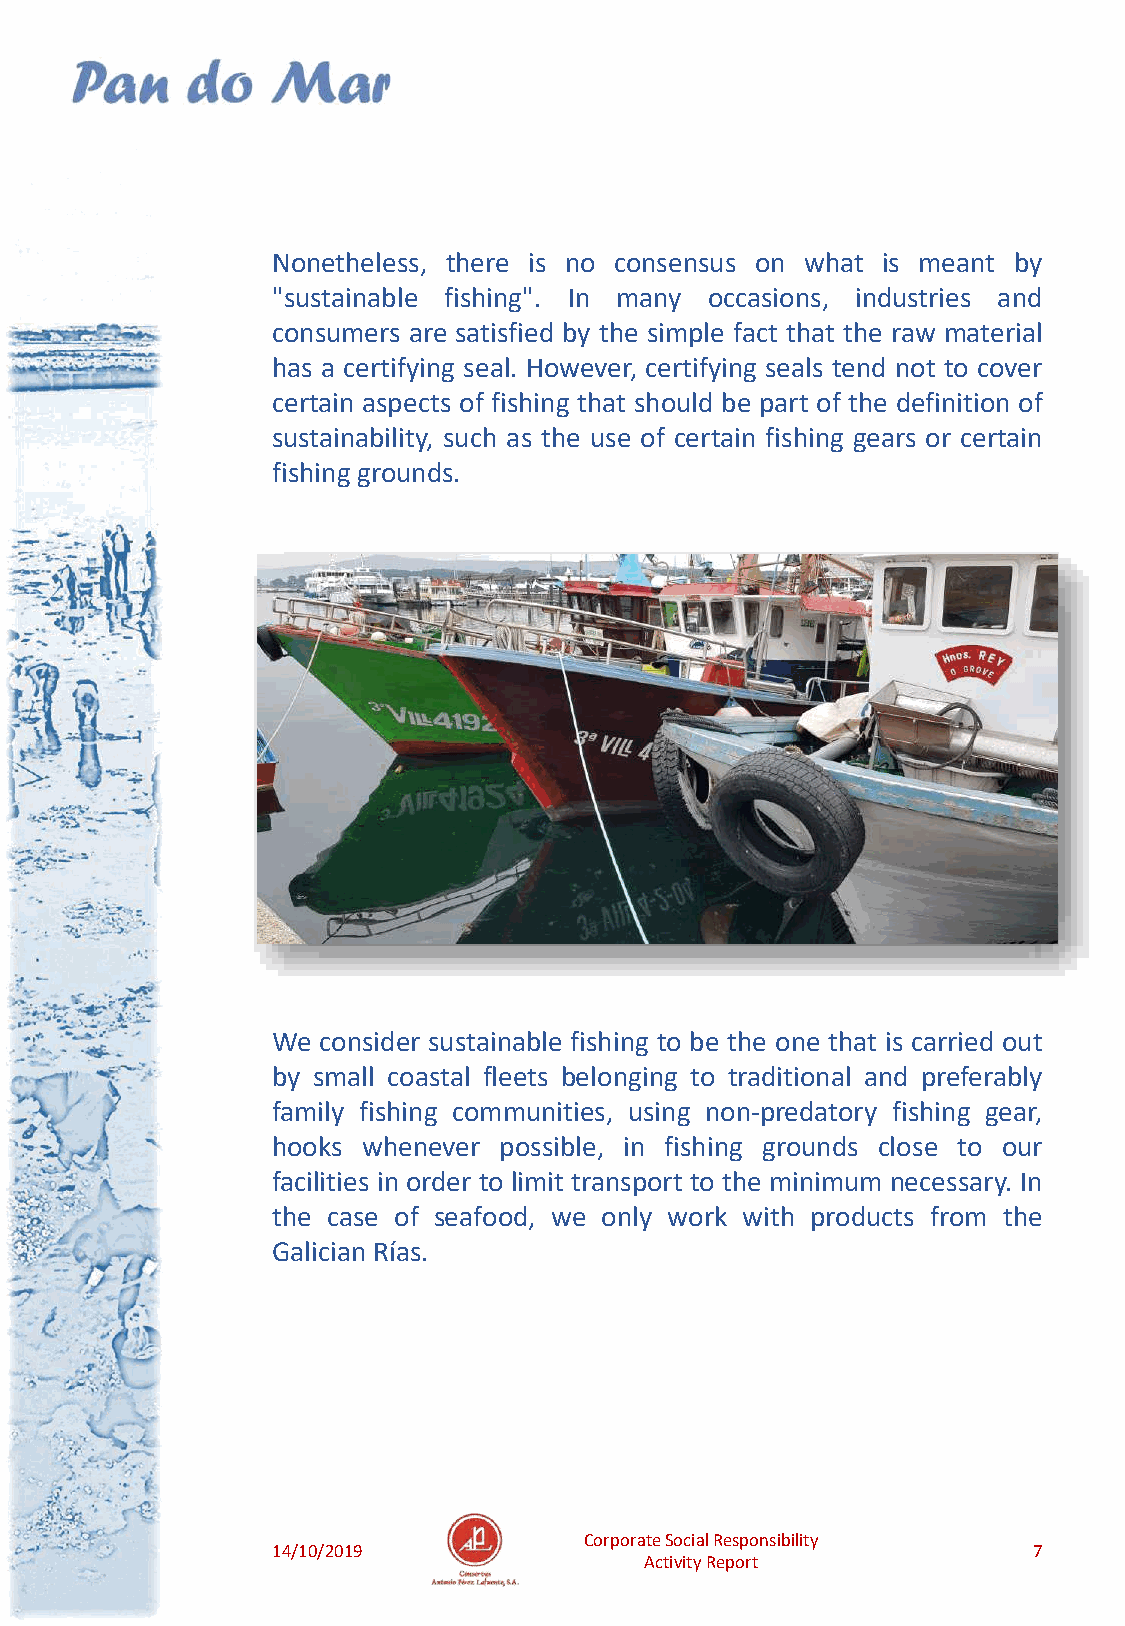
Nonetheless, there is no consensus on what is meant by
 "sustainable fishing". In many occasions, industries and
 consumers are satisfied by the simple fact that the raw material
 has a certifying seal. However, certifying seals tend not to cover
 certain aspects of fishing that should be part of the definition of
 sustainability, such as the use of certain fishing gears or certain
 fishing grounds.
 We consider sustainable fishing to be the one that is carried out
 by small coastal fleets belonging to traditional and preferably
 family fishing communities, using non-predatory fishing gear,
 hooks whenever possible, in fishing grounds close to our
 facilities in order to limit transport to the minimum necessary. In
 the case of seafood, we only work with products from the
 Galician Rías.
 Corporate Social Responsibility
 14/10/2019                                        7
 Activity Report